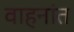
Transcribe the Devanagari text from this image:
वाहनांत